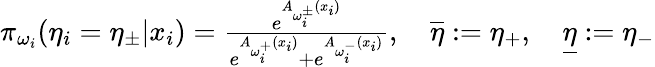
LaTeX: \begin{array}{r}{\pi_{\omega_{i}}(\eta_{i}={\eta}_{\pm}|x_{i})={\frac{e^{A_{\omega_{i}^{\pm}}(x_{i})}}{e^{A_{\omega_{i}^{+}}(x_{i})}+e^{A_{\omega_{i}^{-}}(x_{i})}}},\quad\overline{{\eta}}:=\eta_{+},\quad\underline{{\eta}}:=\eta_{-}}\end{array}